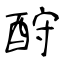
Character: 酧